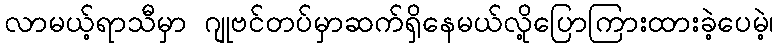
လာမယ့်ရာသီမှာ ဂျုဗင်တပ်မှာဆက်ရှိနေမယ်လို့ပြောကြားထားခဲ့ပေမဲ့၊